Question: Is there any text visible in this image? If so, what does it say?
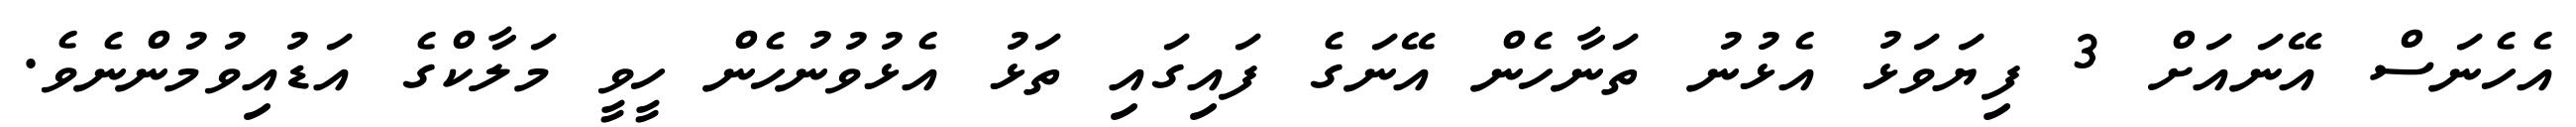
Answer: އެހެނަސް އޭނައަށް 3 ފިޔަވަޅު އެޅުނު ތަނާހެން އޭނަގެ ފައިގައި ތަޅު އެޅުވުނުހެން ހީވީ މަލާކްގެ އަޑުއިވުމުންނެވެ.